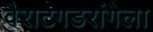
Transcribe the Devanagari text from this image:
वैराटगडरांगेला